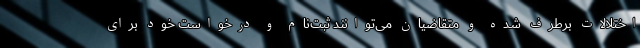
اختلالات برطرف شده و متقاضیان می‌توانند ثبت‌نام و درخواست خود برای